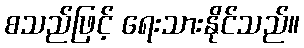
စသည်ဖြင့် ရေးသားနိုင်သည်။